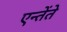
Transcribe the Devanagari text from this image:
एन्तेंते